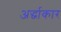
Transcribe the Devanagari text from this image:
अर्द्धाकार